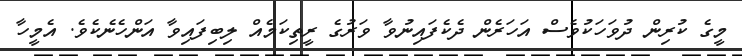
މީގެ ކުރިން ދުވަހަކުވެސް އަހަރެން ދެކެފައިނުވާ ވަރުގެ ރީތިކަމެއް ލިބިފައިވާ އަންހެނެކެވެ. އެމީހާ